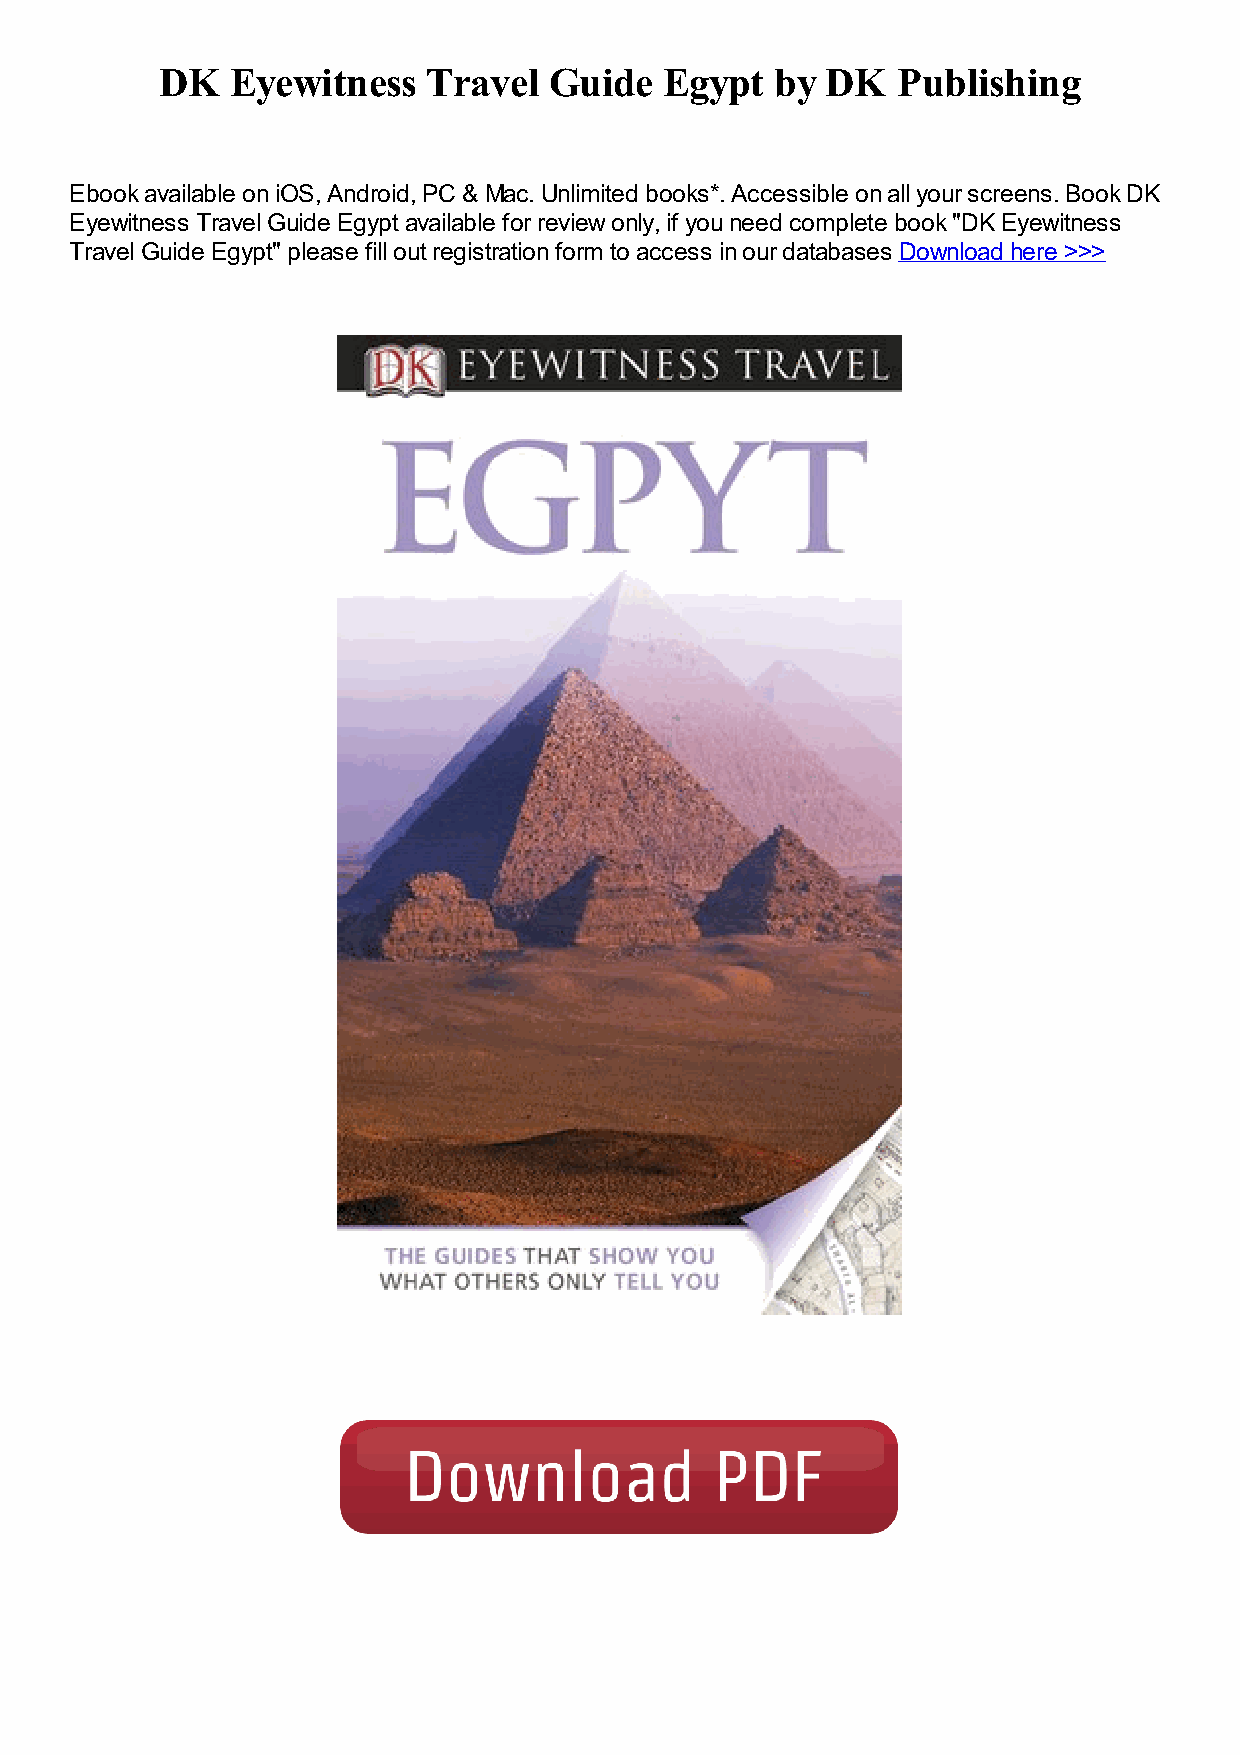
DK  Eyewitness   Travel  Guide   Egypt  by  DK  Publishing
 Ebook available on iOS, Android, PC & Mac. Unlimited books*. Accessible on all your screens. Book DK
 Eyewitness Travel Guide Egypt available for review only, if you need complete book "DK Eyewitness
 Travel Guide Egypt" please fill out registration form to access in our databases Download here >>>